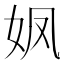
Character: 𮰻